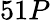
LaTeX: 51P